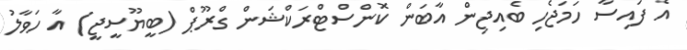
އެ ފައިސާ ހަމަޖެހި ބެއިޖިން އާބަން ކޮންސްޓްރަކްޝަން ގްރޫޕް (ބީޔޫސީޖީ) އާ ހަވާލު